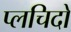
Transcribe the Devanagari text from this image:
प्लचिदो